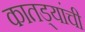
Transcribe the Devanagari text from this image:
कातड्यांची